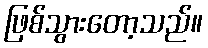
ဖြစ်သွားတော့သည်။